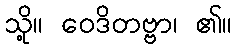
သို့။ ဝေဒိတဗ္ဗာ၊ ၏။